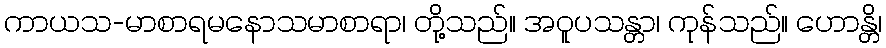
ကာယသ-မာစာရမနောသမာစာရာ၊ တို့သည်။ အဝူပသန္တာ၊ ကုန်သည်။ ဟောန္တိ၊